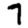
Digit: 7